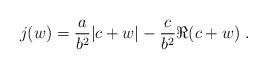
LaTeX: \begin{align*}j(w)= \frac{a}{b^2}|c+w|-\frac{c}{b^2}\Re{(c+w)}\ .\end{align*}